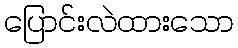
ပြောင်းလဲထားသော